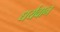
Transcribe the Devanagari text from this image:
धर्यवान